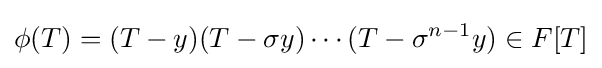
\phi (T)=(T-y)(T-\sigma y)\cdots (T-\sigma ^{n-1}y)\in F[T]